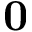
{ \bf 0 }